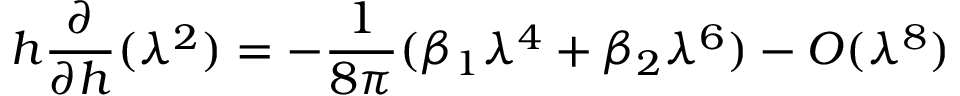
h \frac { \partial } { \partial h } ( \lambda ^ { 2 } ) = - \frac { 1 } { 8 \pi } ( \beta _ { 1 } \lambda ^ { 4 } + \beta _ { 2 } \lambda ^ { 6 } ) - O ( \lambda ^ { 8 } )